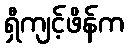
ရှီကျင့်ဖိန်က